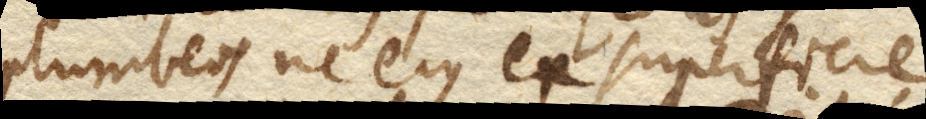
plumbeos ne ejus ex superficie